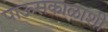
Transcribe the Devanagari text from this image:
पाऊसकाळाशी